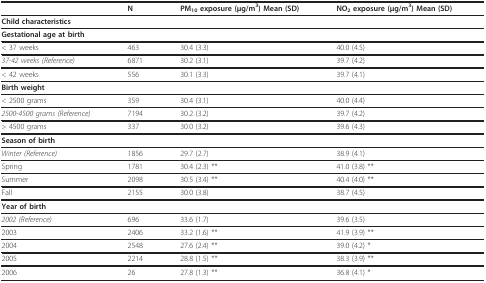
|  | N | PM10 exposure (μg/m3) Mean (SD) | NO2 exposure (μg/m3) Mean (SD) |
 | --- | --- | --- | --- |
 | Child characteristics |  |  |  |
 | Gestational age at birth |  |  |  |
 | < 37 weeks | 463 | 30.4 (3.3) | 40.0 (4.5) |
 | 37-42 weeks (Reference) | 6871 | 30.2 (3.1) | 39.7 (4.2) |
 | < 42 weeks | 556 | 30.1 (3.3) | 39.7 (4.1) |
 | Birth weight |  |  |  |
 | < 2500 grams | 359 | 30.4 (3.1) | 40.0 (4.4) |
 | 2500-4500 grams (Reference) | 7194 | 30.2 (3.2) | 39.7 (4.2) |
 | > 4500 grams | 337 | 30.0 (3.2) | 39.6 (4.3) |
 | Season of birth |  |  |  |
 | Winter (Reference) | 1856 | 29.7 (2.7) | 38.9 (4.1) |
 | Spring | 1781 | 30.4 (2.3) ** | 41.0 (3.8) ** |
 | Summer | 2098 | 30.5 (3.4) ** | 40.4 (4.0) ** |
 | Fall | 2155 | 30.0 (3.8) | 38.7 (4.5) |
 | Year of birth |  |  |  |
 | 2002 (Reference) | 696 | 33.6 (1.7) | 39.6 (3.5) |
 | 2003 | 2406 | 33.2 (1.6) ** | 41.9 (3.9) ** |
 | 2004 | 2548 | 27.6 (2.4) ** | 39.0 (4.2) * |
 | 2005 | 2214 | 28.8 (1.5) ** | 38.3 (3.9) ** |
 | 2006 | 26 | 27.8 (1.3) ** | 36.8 (4.1) * |